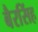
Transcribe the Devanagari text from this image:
बैरसिंह